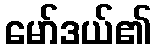
မော်ဒယ်၏